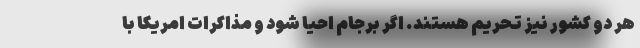
هر دو کشور نیز تحریم هستند. اگر برجام احیا شود و مذاکرات امریکا با